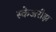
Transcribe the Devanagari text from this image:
स्केअरीझ